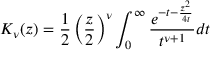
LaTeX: K _ { \nu } ( z ) = \frac { 1 } { 2 } \left( \frac { z } { 2 } \right) ^ { \nu } \int _ { 0 } ^ { \infty } \frac { e ^ { - t - \frac { z ^ { 2 } } { 4 t } } } { t ^ { \nu + 1 } } d t